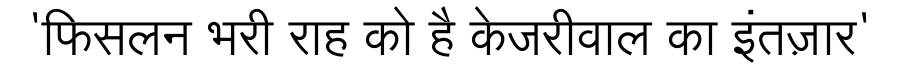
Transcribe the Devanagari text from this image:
'फिसलन भरी राह को है केजरीवाल का इंतज़ार'